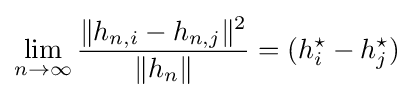
\lim _{n\rightarrow \infty }{\frac {\|h_{n,i}-h_{n,j}\|^{2}}{\|h_{n}\|}}=(h_{i}^{\star }-h_{j}^{\star })